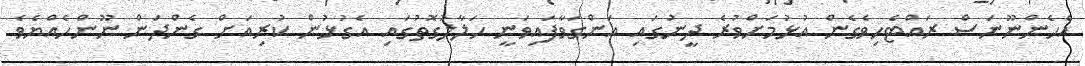
އެހެންނޫނަސް ރައްޓެހިވެގެން އުޅުމަށްވުރެ ދީނުގައި އަންގަވާފައިވަނީ ހަލާލުގޮތުގައި އެގުޅުން ކުރިއަށް ގެންދަން ނޫންހެއްޔެވެ